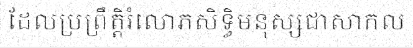
ដែលប្រព្រឹត្តិរំលោភសិទ្ធិមនុស្សជាសាកល